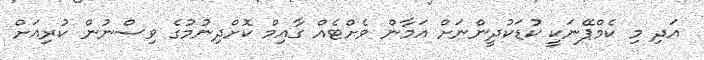
އަދި މި ކެމްޕޭނަކީ ކުޑަކުދީންނަށް އަމާން ވެށްޓެއް ގާއިމް ކޮށްދިނުމުގެ ވިސްނުން ކުރިއަށް